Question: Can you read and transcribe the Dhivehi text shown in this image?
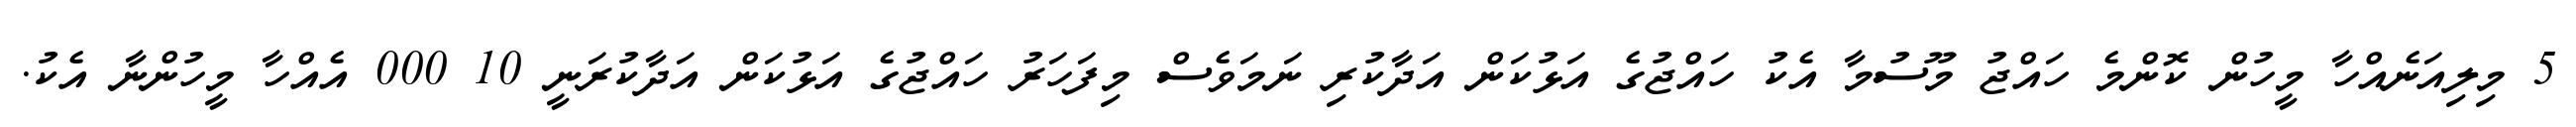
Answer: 5 މިލިއަނެއްހާ މީހުން ކޮންމެ ހައްޖު މޫސުމާ އެކު ހައްޖުގެ އަޅުކަން އަދާކުރި ނަމަވެސް މިފަހަރު ހައްޖުގެ އަޅުކަން އަދާކުރަނީ 10 000 އެއްހާ މީހުންނާ އެކު.